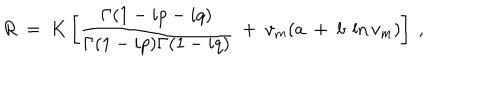
R ~ = ~ K \left[ { \frac { \Gamma ( 1 - i p - i q ) } { \Gamma ( 1 - i p ) \Gamma ( 1 - i q ) } } ~ + ~ v _ { m } ( a ~ + ~ b ~ \ln v _ { m } ) \right] ~ ,